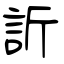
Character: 訢